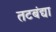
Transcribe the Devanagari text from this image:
तटबंद्या